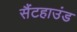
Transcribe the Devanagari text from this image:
सैंटहाउंड